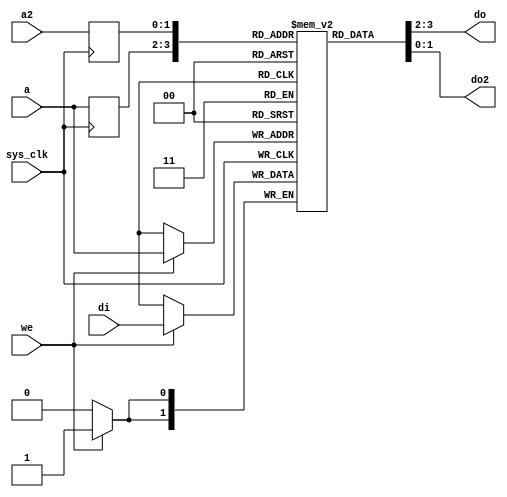
module fmlbrg_tagmem #(
	parameter depth = 2,
	parameter width = 2
) (
	input sys_clk,

	/* Primary port (read-write) */
	input [depth-1:0] a,
	input we,
	input [width-1:0] di,
	output [width-1:0] do,

	/* Secondary port (read-only) */
	input [depth-1:0] a2,
	output [width-1:0] do2
);

reg [width-1:0] tags[0:(1 << depth)-1];

reg [depth-1:0] a_r;
reg [depth-1:0] a2_r;

always @(posedge sys_clk) begin
	a_r <= a;
	a2_r <= a2;
end

always @(posedge sys_clk) begin
	if(we)
		tags[a] <= di;
end

assign do = tags[a_r];
assign do2 = tags[a2_r];

// synthesis translate_off
integer i;
initial begin
	for(i=0;i<(1 << depth);i=i+1)
		tags[i] = 0;
end
// synthesis translate_on

endmodule